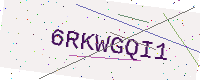
Text: 6RKWGQI1